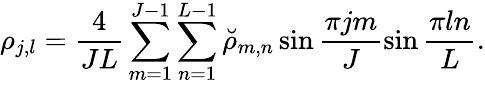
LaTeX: \rho_{j,l}=\frac{4}{JL}\sum_{m=1}^{J-1}\sum_{n=1}^{L-1}{\breve{\rho}}_{m,n}\sin\frac{\pi jm}{J}\sin\frac{\pi ln}{L}.